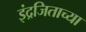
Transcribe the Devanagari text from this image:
इंद्रजिताच्या